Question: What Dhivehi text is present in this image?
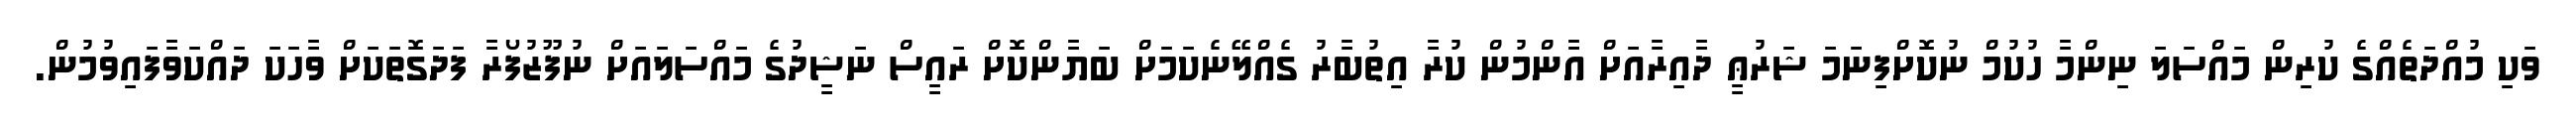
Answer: ވަކި މުއްދަތެއްގެ ކުރިން މައްސަލަ ނިންމާ ހުކުމް ނުކޮށްފިނަމަ ޝަރުޢީ ދާއިރާއަށް އާންމުން ކުރާ އިތުބާރު ގެއްލޭނެކަމަށް ބަޔާންކޮށް ރައީސް ނަޝީދުގެ މައްސަލައަށް ނުފޫޒުފޯރާ ފަދަގޮތަކަށް ވާހަކަ ދައްކަވާފައިވުމުން.